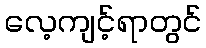
လေ့ကျင့်ရာတွင်